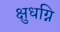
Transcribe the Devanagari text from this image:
क्षुधग्नि